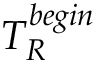
T _ { R } ^ { b e g i n }